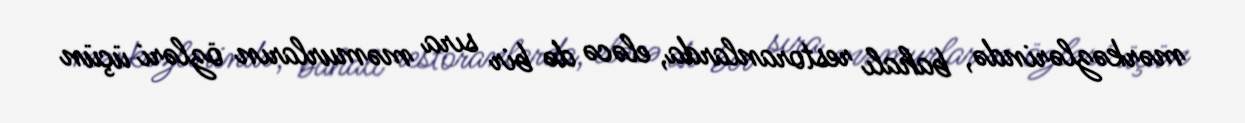
mərkəzlərində, bahalı restoranlarda, eləcə də bir sıra məmurların özləri üçün